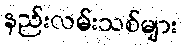
နည်းလမ်းသစ်များ